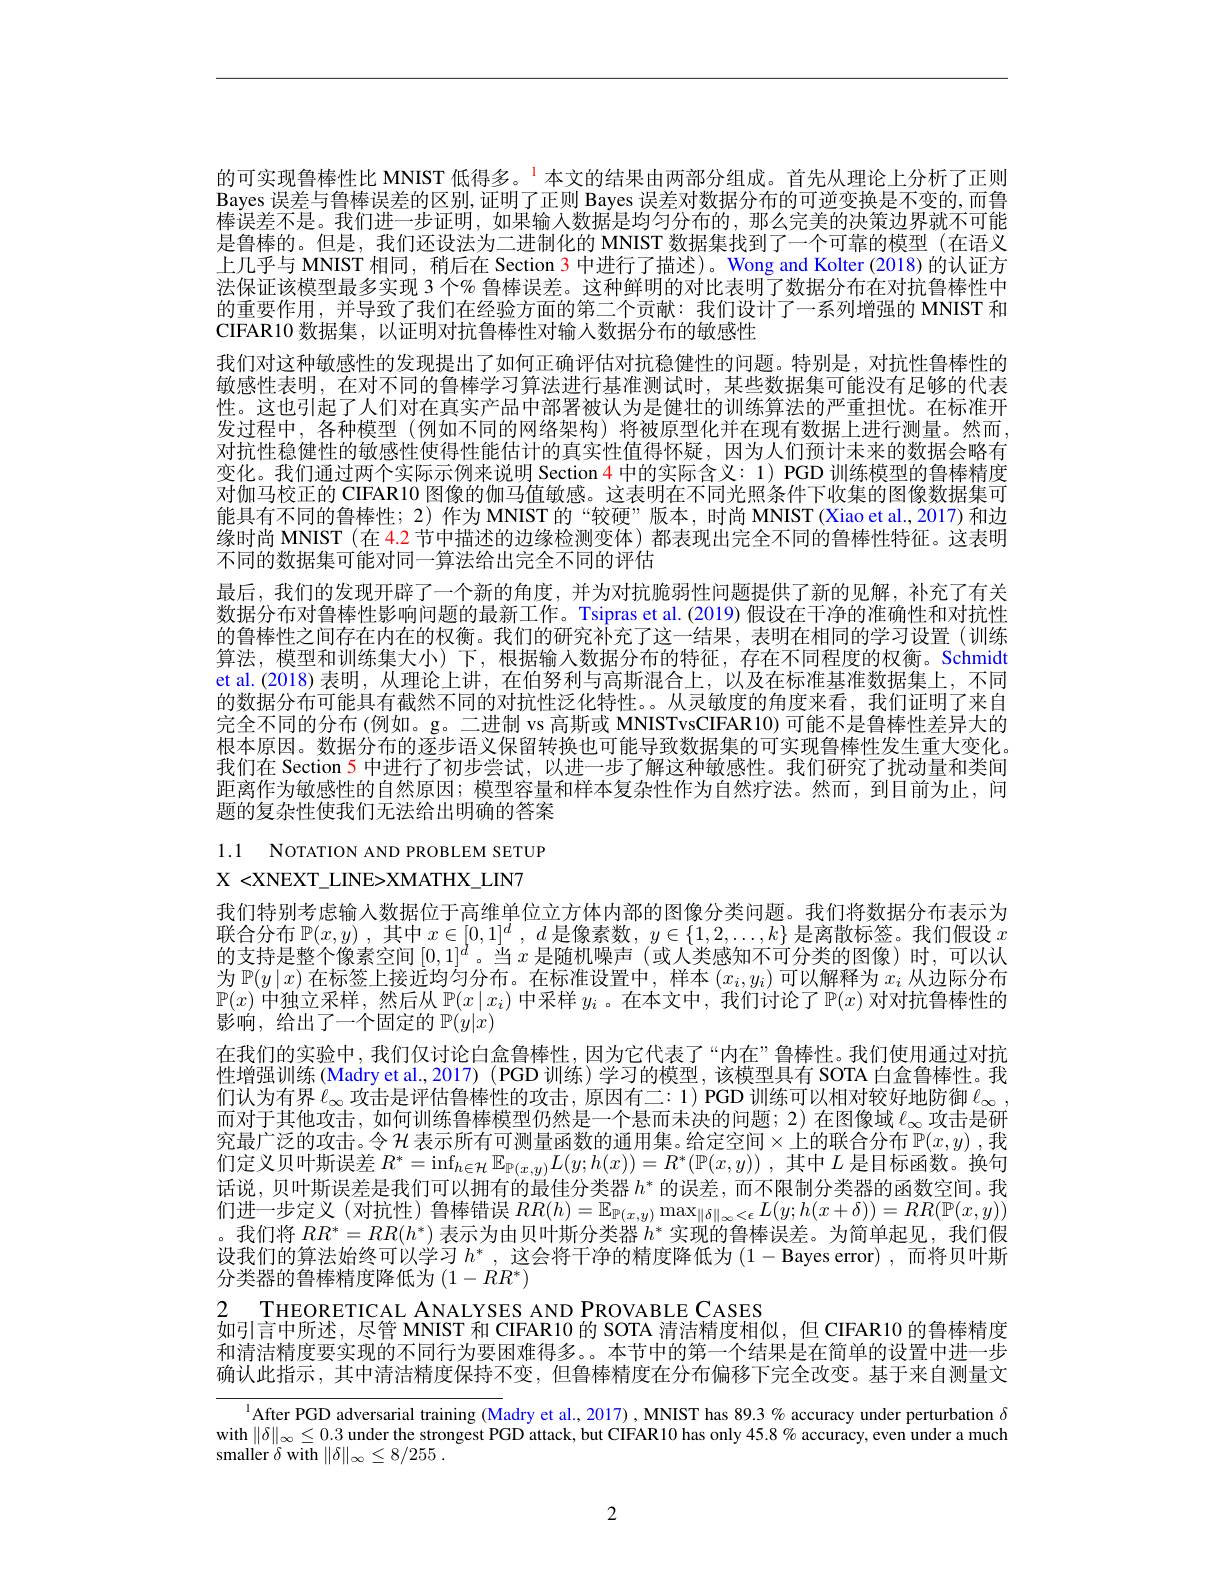
的可实现鲁棒性比 MNIST 低得多。$^{1}$本文的结果由两部分组成。首先从理论上分析了正则Bayes 误差与鲁棒误差的区别，证明了正则 Bayes 误差对数据分布的可逆变换是不变的，而鲁$\dot{\text{棒误差不是。我们进一步证明，如果输入数据是均匀分布的，那么完美的决策边界就不可能}}$ 是鲁棒的。但是，我们还设法为二进制化的 MNIST 数据集找到了一个可靠的模型(在语义上几乎与 MNIST 相同，稍后在 Section 3 中进行了描述)。Wong and Kolter (2018) 的认证方法保证该模型最多实现 3 个% 鲁棒误差。这种鲜明的对比表明了数据分布在对抗鲁棒性中的重要作用，并导致了我们在经验方面的第二个贡献：我们设计了一系列增强的 MNIST 和CIFAR10 数据集，以证明对抗鲁棒性对输人数据分布的敏感性
我们对这种敏感性的发现提出了如何正确评估对抗稳健性的问题。特别是，对抗性鲁棒性的敏感性表明，在对不同的鲁棒学习算法进行基准测试时，某些数据集可能没有足够的代表性。这也引起了人们对在真实产品中部署被认为是健壮的训练算法的严重担忧。在标准开发过程中，各种模型(例如不同的网络架构)将被原型化并在现有数据上进行测量。然而， 对抗性稳健性的敏感性使得性能估计的真实性值得怀疑，因为人们预计未来的数据会略有变化。我们通过两个实际示例来说明 Section 4 中的实际含义：1) PGD 训练模型的鲁棒精度对伽马校正的 CIFAR10 图像的伽马值敏感。这表明在不同光照条件下收集的图像数据集可能具有不同的鲁棒性；2)作为 MNIST 的“较硬”版本，时尚 MNIST (Xiao et al.,2017) 和边缘时尚 MNIST (在 4.2 节中描述的边缘检测变体)都表现出完全不同的鲁棒性特征。这表明不同的数据集可能对同一算法给出完全不同的评估
最后，我们的发现开辟了一个新的角度，并为对抗脆弱性问题提供了新的见解，补充了有关数据分布对鲁棒性影响问题的最新工作。Tsipras et al.(2019) 假设在干净的准确性和对抗性的鲁棒性之间存在内在的权衡。我们的研究补充了这一结果，表明在相同的学习设置(训练算法，模型和训练集大小)下，根据输入数据分布的特征，存在不同程度的权衡。Schmidt et al.(2018)表明，从理论上讲，在伯努利与高斯混合上，以及在标准基准数据集上，不同的数据分布可能具有截然不同的对抗性泛化特性。。从灵敏度的角度来看，我们证明了来自完全不同的分布 (例如。g。二进制 vs 高斯或 MNISTvsCIFAR10) 可能不是鲁棒性差异大的根本原因。数据分布的逐步语义保留转换也可能导致数据集的可实现鲁棒性发生重大变化。我们在 Section 5 中进行了初步尝试，以进一步了解这种敏感性。我们研究了扰动量和类间距离作为敏感性的自然原因；模型容量和样本复杂性作为自然疗法。然而，到目前为止，问题的复杂性使我们无法给出明确的答案

1.1 NOTATION AND PROBLEM SETUP
X <XNEXT\_LINE>XMATHX\_LIN7

我们特别考虑输入数据位于高维单位立方体内部的图像分类问题。我们将数据分布表示为联合分布$\mathbb{P}(x,y)$ ,其中$x\in[0,1]^d,~d$是像素数$,~y\in\{1,2,\ldots,k\}$是离散标签。我们假设$x$ 的支持是整个像素空间$[0,1]^d$。当$x$ 是随机噪声(或人类感知不可分类的图像)时，可以认为$\mathbb{P}(y\mid x)$在标签上接近均匀分布。在标准设置中，样本$(x_i,y_i)$可以解释为$x_i$从边际分布$\mathbb{P}(x)$中独立采样，然后从$\mathbb{P}(x\mid x_i)$中采样$y_i$ 。在本文中，我们讨论了$\mathbb{P}(x)$对对抗鲁棒性的影响，给出了一个固定的$\mathbb{P}(y|x)$
在我们的实验中，我们仅讨论白盒鲁棒性，因为它代表了“内在”鲁棒性。我们使用通过对抗性增强训练 (Madry et al.,2017) (PGD 训练) 学习的模型 ,该模型具有 SOTA 白盒鲁棒性。我们认为有界$\ell_\infty$攻击是评估鲁棒性的攻击，原因有二：1) PGD 训练可以相对较好地防御$\ell_\infty$ 而对于其他攻击，如何训练鲁棒模型仍然是一个悬而未决的问题；2)在图像域$\ell_\infty$攻击是研究最广泛的攻击。令$\mathcal{H}$ 表示所有可测量函数的通用集。给定空间$\times$上的联合分布 $\mathbb{P}(x,y)$ ,我们定义贝叶斯误差$R^*=\inf_{h\in\mathcal{H}}\mathbb{E}_{\mathbb{P}(x,y)}L(y;h(x))=R^*(\mathbb{P}(x,y))$ ,其中$L$是目标函数。换句话说，贝叶斯误差是我们可以拥有的最佳分类器$h^*$的误差，而不限制分类器的函数空间。我们进一步定义(对抗性)鲁棒错误$RR(h)=\mathbb{E}_{\mathbb{P}(x,y)}\max_{\|\delta\|_\infty<\epsilon}L(y;h(x+\delta))=RR(\mathbb{P}(x,y))$ 。我们将$RR^*=RR(h^*)$表示为由贝叶斯分类器$h^*$实现的鲁棒误差。为简单起见，我们假设我们的算法始终可以学习$h^*$,这会将干净的精度降低为(1-Bayes error),而将贝叶斯分类器的鲁棒精度降低为$(1-RR^*)$
2 THEORETICAL ANALYSES AND PROVABLE CASES
如引言中所述，尽管 MNIST 和 CIFAR10 的 SOTA 清洁精度相似，但 CIFAR10 的鲁棒精度

和清洁精度要实现的不同行为要困难得多。。本节中的第一个结果是在简单的设置中进一步确认此指示，其中清洁精度保持不变，但鲁棒精度在分布偏移下完全改变。基于来自测量文

$^{1}$After PGD adversarial training (Madry et al., 2017), MNIST has 89.3 % accuracy under perturbation $\delta$ with $\|\delta\|_\infty\leq0.3$ under the strongest PGD attack, but CIFAR 10 has only 45.8 % accuracy, even under a much smaller $\delta$ with $\| \delta \| _\infty \leq 8/ 255$ .

2